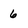
Character: 6